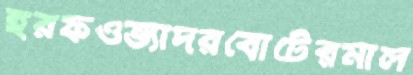
হরফওভ্যাদরবোটেরমাল